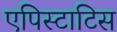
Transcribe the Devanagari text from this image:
एपिस्टाटिस